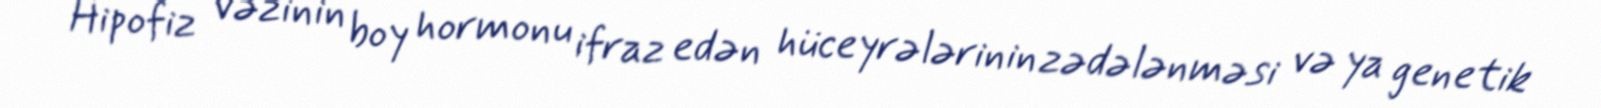
Hipofiz vəzinin boy hormonu ifraz edən hüceyrələrinin zədələnməsi və ya genetik